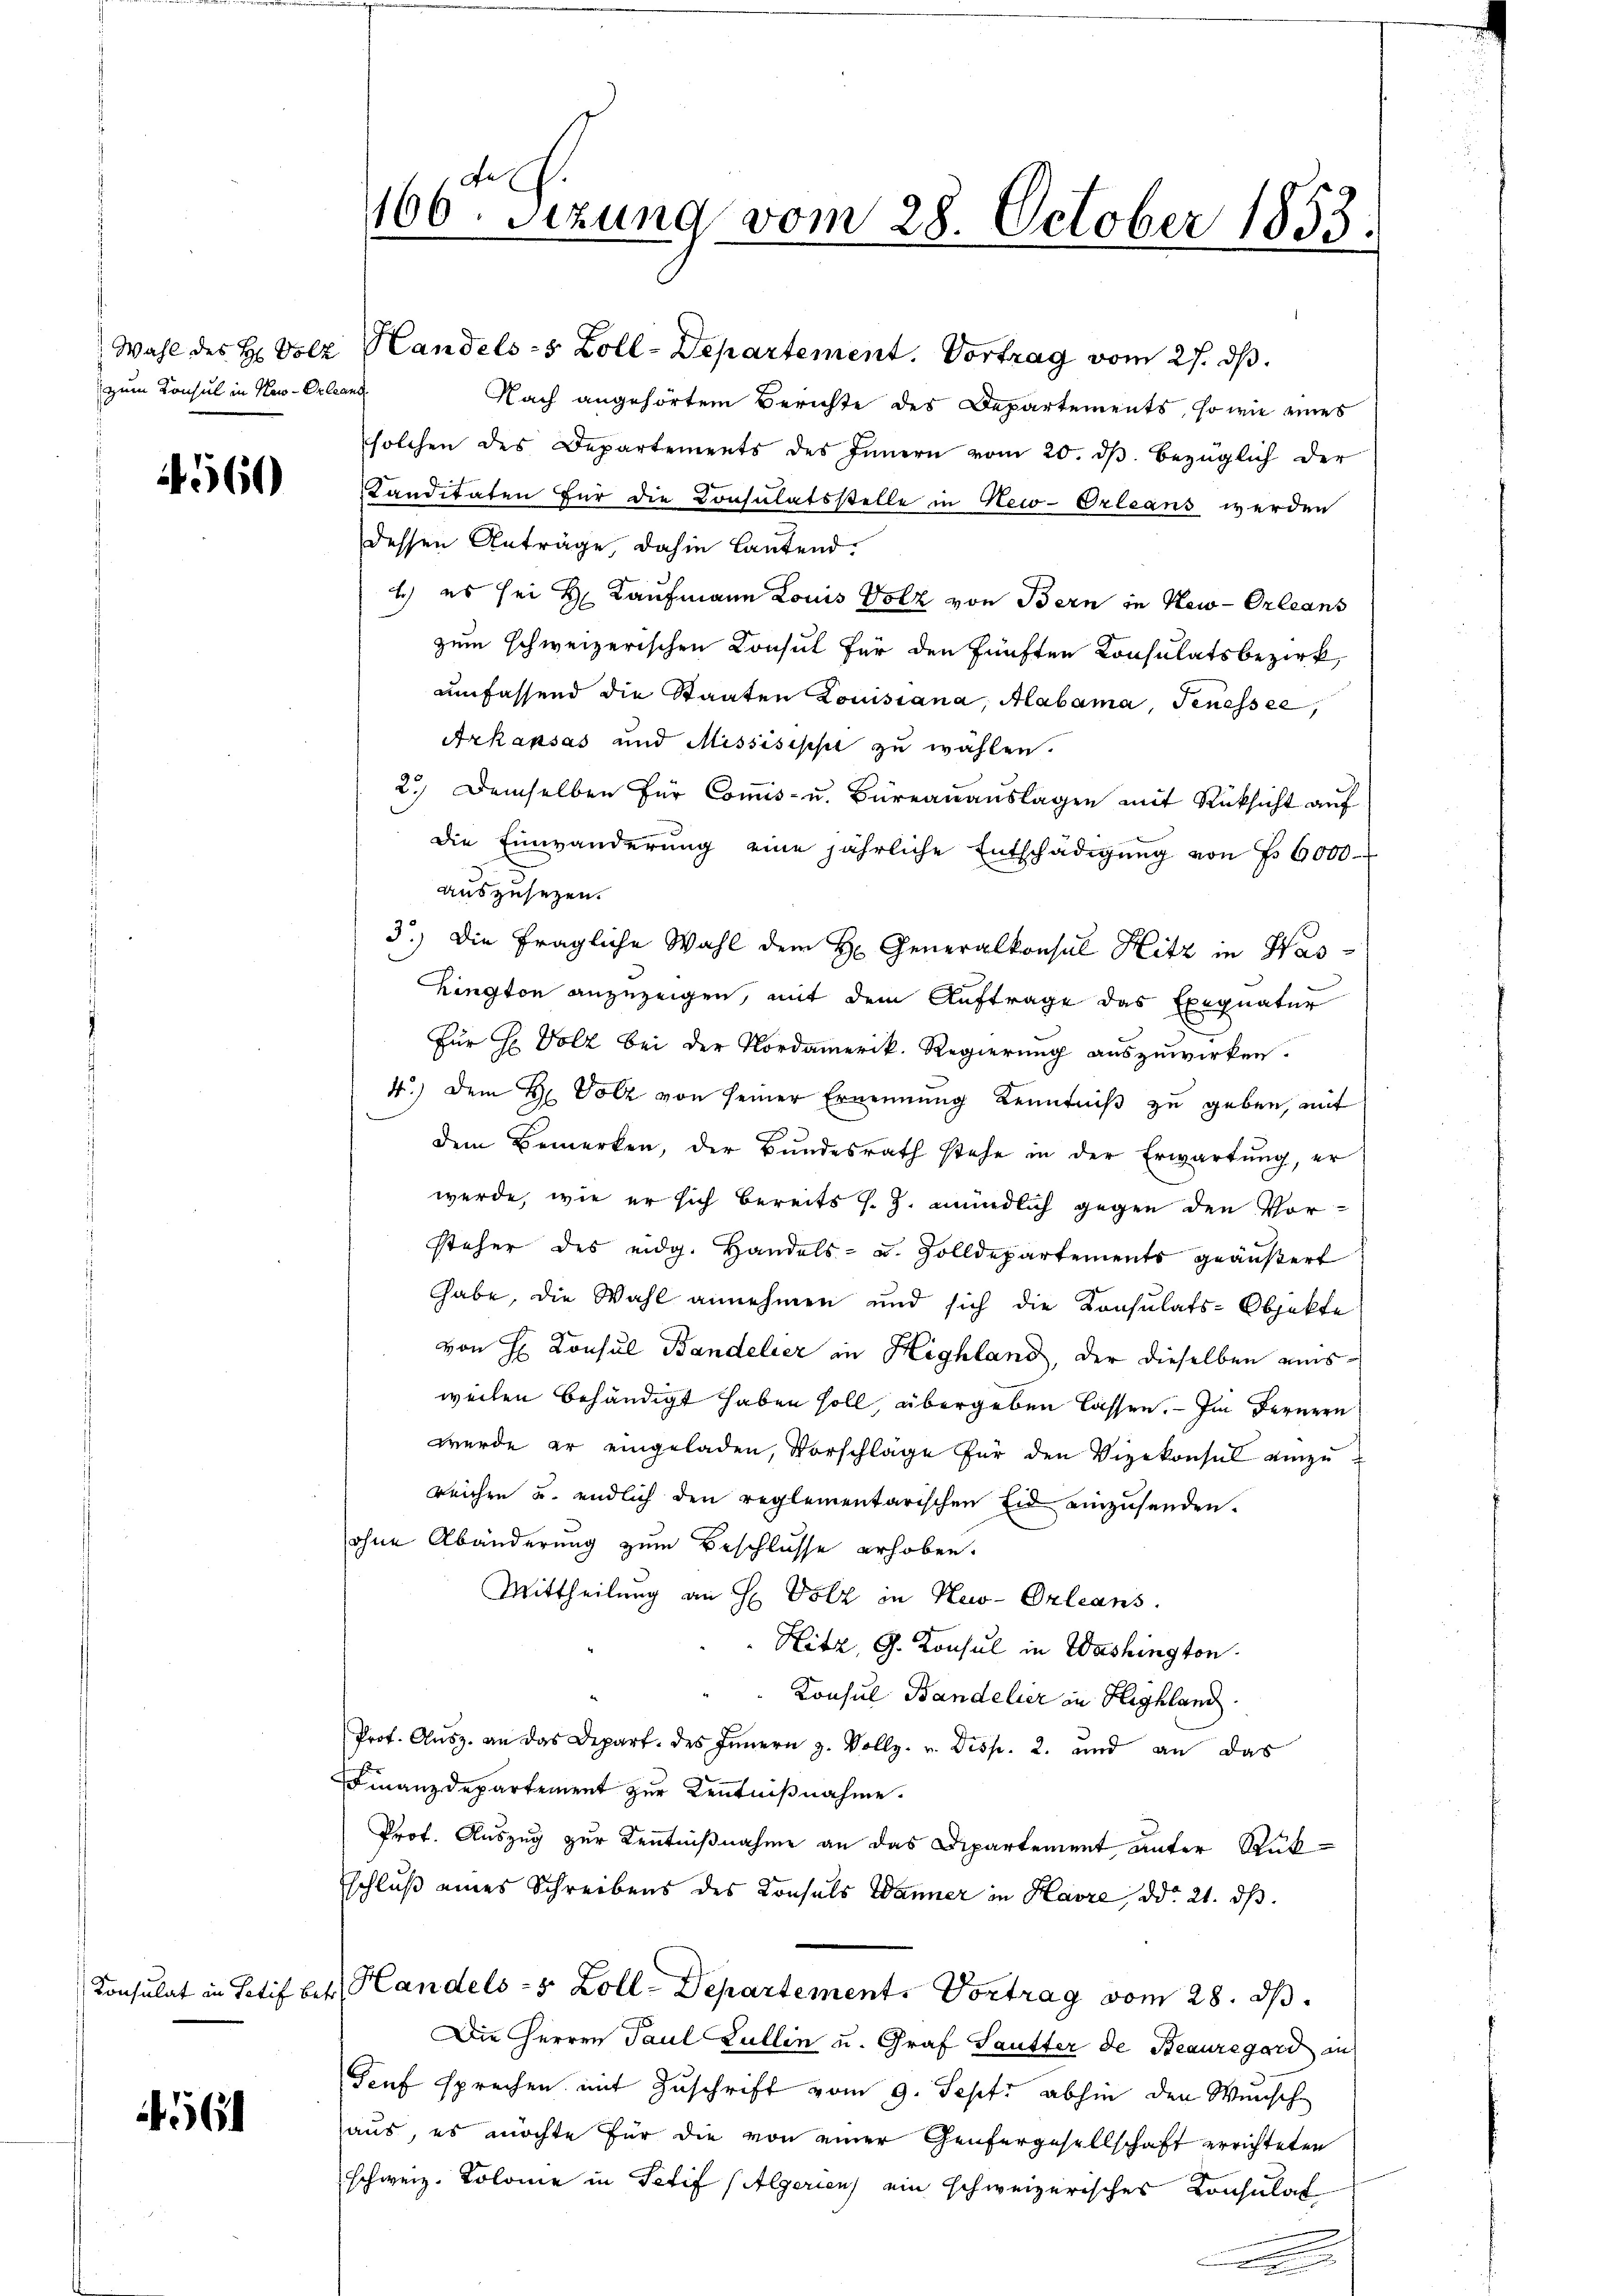
zum Konsul in New-Orleans

460

Konsulat in Satif bei

4561

Wahl des H. Volz Handels-s Zoll-Departement. Vortrag vom 27. dβ.
Nach angehörtem Berichte des Departements, so wie eines
solchen des Departements des Innern vom 20. dβ. bezüglich der
Kanditäten für die Consulatsstelle in New-Orleans werden
dessen Anträge, dahin lautend.
b) es sei H. Kaufmann Louis Volk von Bern in New-Orleans
zum schweizerischen Consul für den fünften Consulatsbezirk
umfassend die Staaten Louisiana, Aabama, Genessel
Arkapsas und Missisippe zu wählen.
2.) Demselben für Commis- u. Büreauauslagen mit Rücksicht auf
die Einwänderung eine jährliche Entschädigung von Fr. 6000
auszusetzen.
3.) Die fragliche Wahl dem H. Generalkonsul Hitz in Was
hington anzuzeigen, mit dem Auftrage das Exequatur
Für Hr. Volz bei der Nordamerik. Regierung auszuwirken.
4.) Dem H. Volz von seiner Ernennung Kenntniß zu geben, mit
dem Bemerken, der Bundesrath stehe in der Erwartung, er
werde, wie er sich bereits s. Z. mündlich gegen den Vor-
steher des eidg. Handels- u. Zolldepartements geäußert
habe, die Wahl annehmen und sich die Konsulats-Objekte
von H. Konsul Bandelier in Highland, der dieselben ausweilen behändigt haben soll, übergeben lassen. — Im Fernern
wurde er eingeladen, Vorschläge für den Vizekonsul einzureichen u. endlich den reglementarischen Eid einzusenden.
ohne Abänderung zum Beschlusse erhoben.
Mittheilung an H. Volz in New-Orleans
Hitz, G. Konsul in Washington
Konsul Bandelier in Highland.
Prof. Ausz. an das Depart. des Innern z. Vollz. v. Disp. 2. und an das
Finanzdepartement zur Kenntnißnahme.
Prof. Auszug zur Kenntnißnahme an das Dipartement unter Rükschluß eines Schreibens des Konsuls Wanner in Havre, ddo 21. dβ.
Handels-s Zoll-Departement. Vortrag vom 28. ds.
Die Herren Paul Lullin u. Graf Sautter de Beauregard an
Senf sprechen mit Zuschrift vom 9. Sept. abhin den Wunsch
aus, es möchte für die von einer Genfergesellschaft errichteten
schweiz. Kolome in Petif (Algerien) ein schweizerisches Konsulat

160. Sizung vom 28. October 1853.